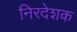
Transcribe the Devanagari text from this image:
निरदेशक